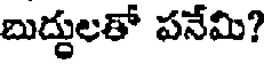
బుద్దులతో పనేమి?